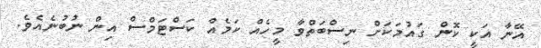
އޭނާ އަކީ ކޮން ގައުމަކަށް ނިސްބަތްވާ މީހެއް ކަމެއް ކަސްޓަމްސް އިން ނުބުނެއެވެ.